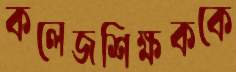
কলেজশিক্ষককে